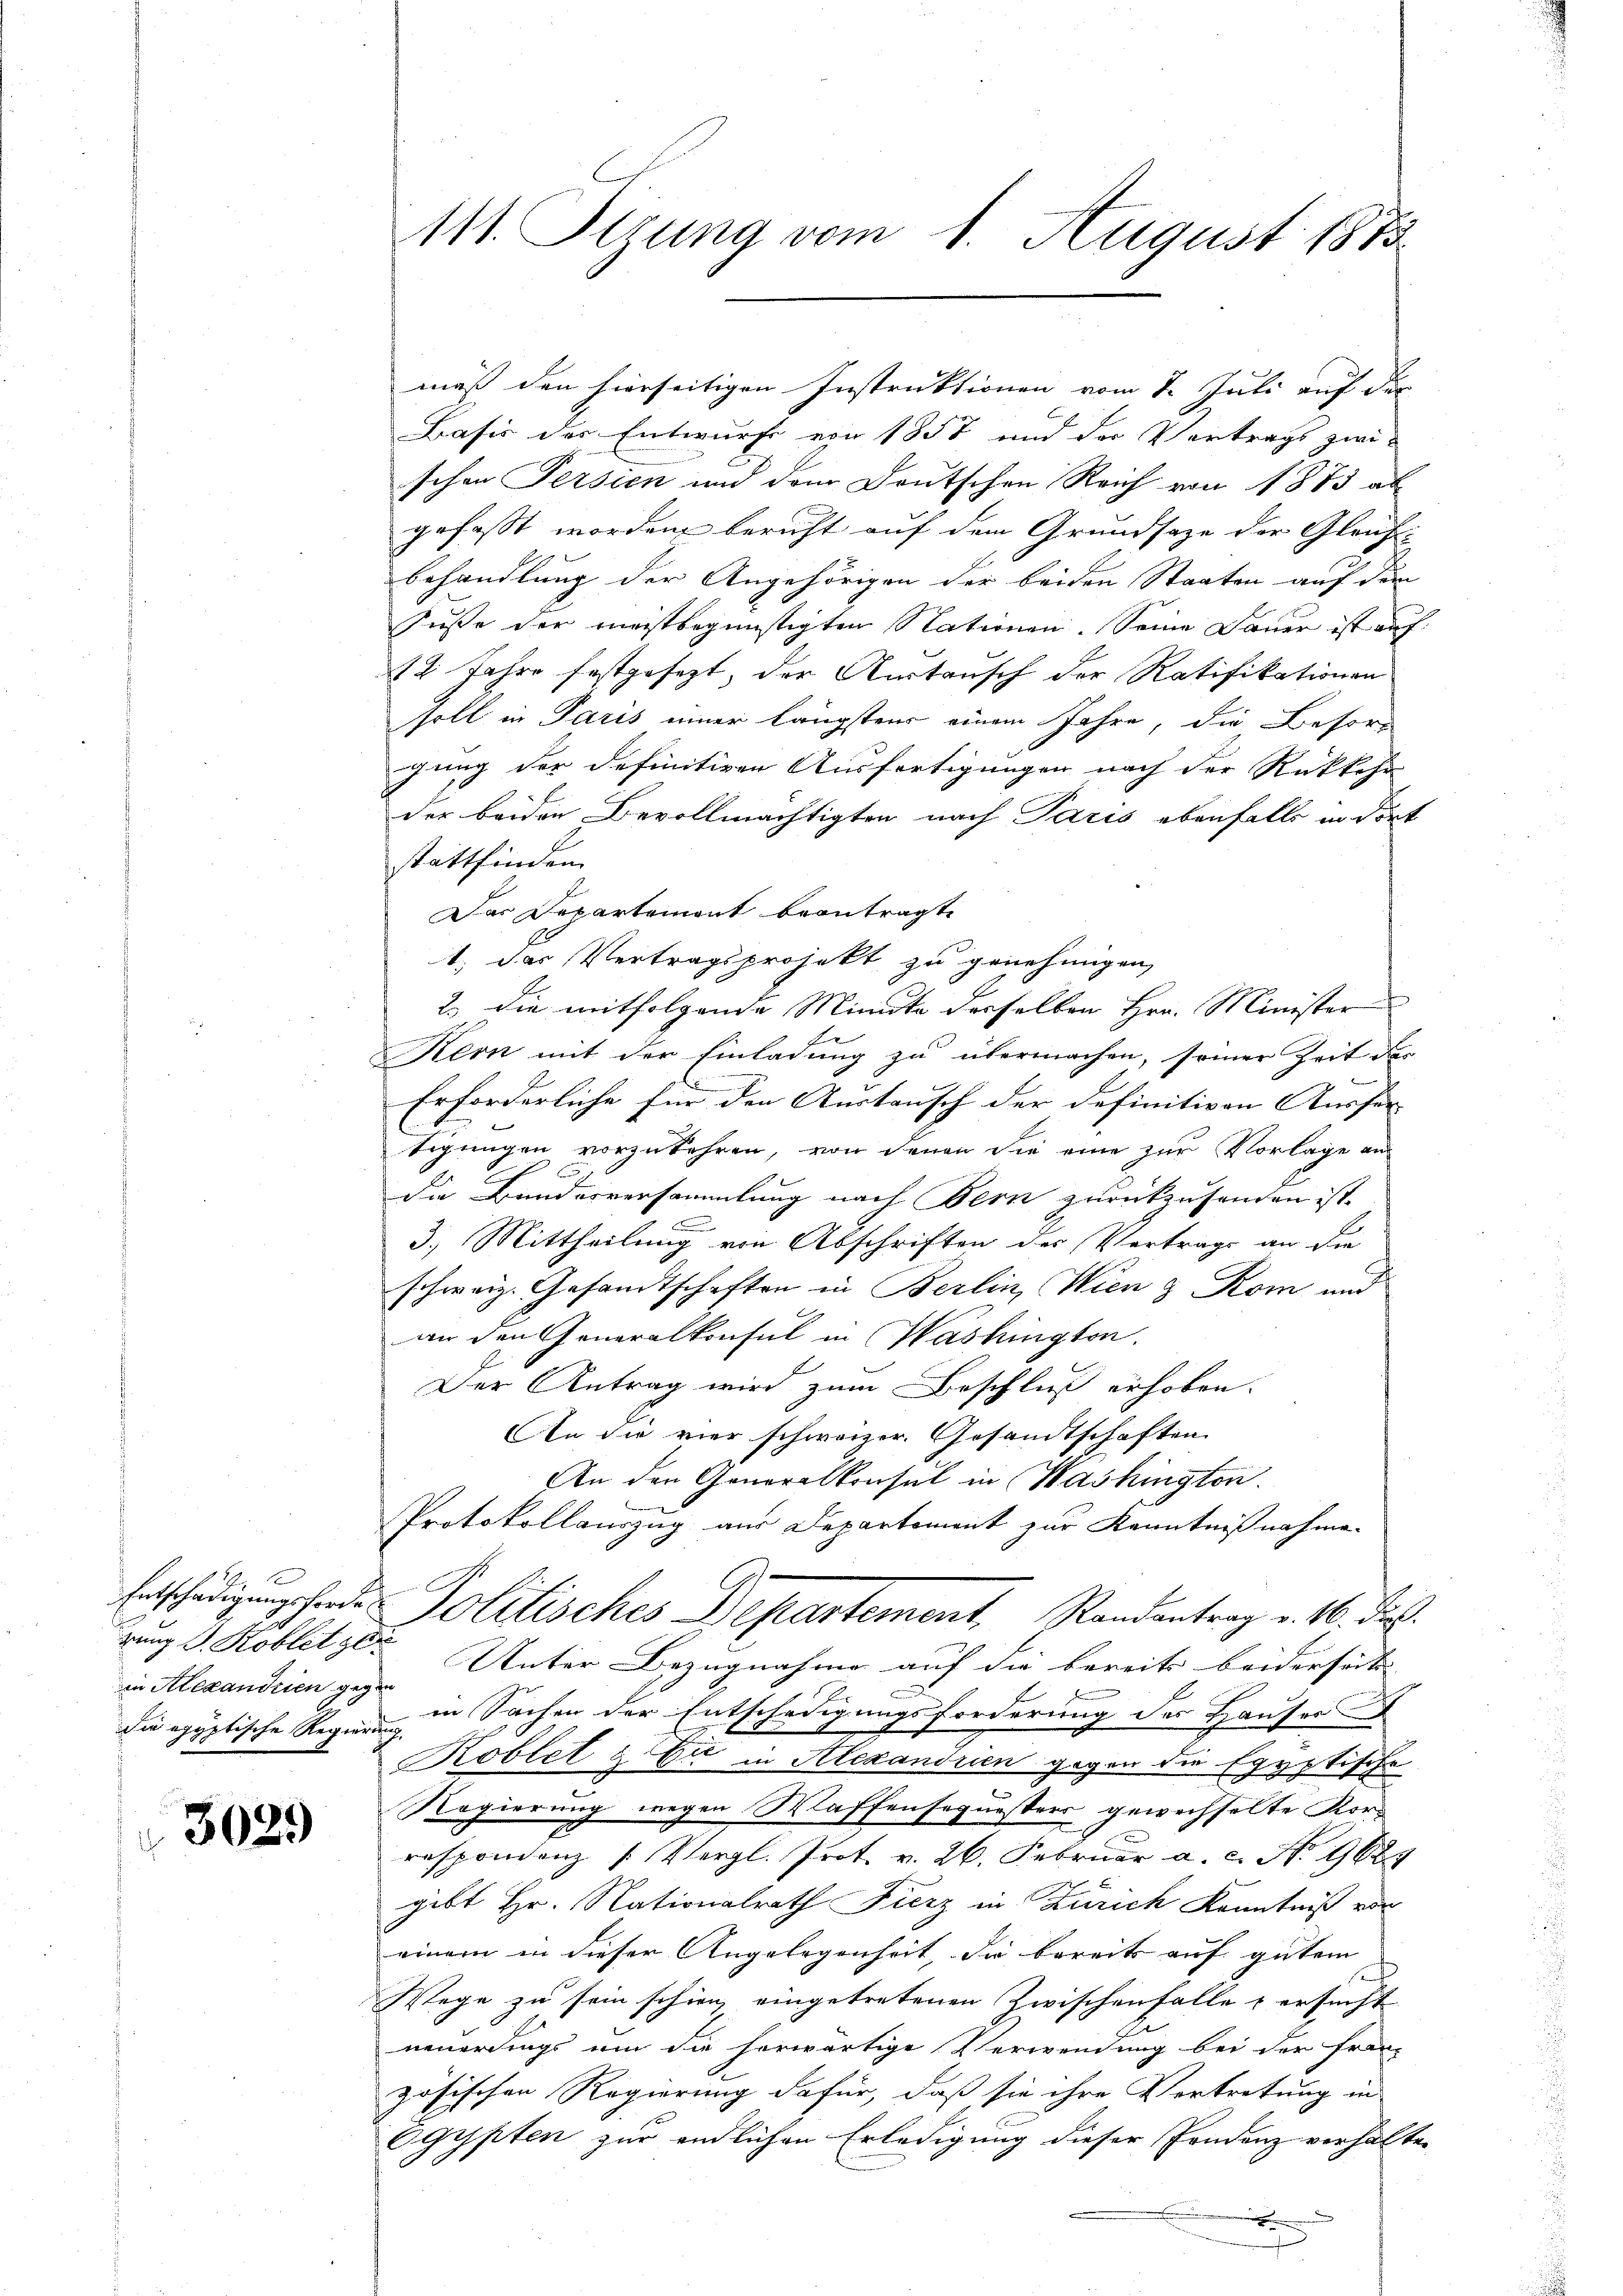
in Alexandrien gegen
die egyptische Regierung.

3029

Basis des Entwurfe von 1857 und der Vertrags zwi-
schen Persien und dem Deutschen Reich von 1873 ab-
gefasst worden beruht auf dem Grundsaze der Gleich-
behandlung der Angehörigen der beiden Staaten auf dem
Fuße der meistbegünstigten Nationen. Seine Dauer ist auf
12 Jahre festgesezt, der Austausch der Ratifikationen
soll in Paris einer längstens einem Jahre, die Besorg
gung der definitiven Ausfertigungen nach der Rückkehr
der beiden Bevollmächtigten nach Paris ebenfalls in dort
stattfinden.
Das Departement beantragte
1. Das Vertragsprojekt zu genehmigen,
2.) Die mitfolgende Minute derselben Hrn. Minister
Kern mit der Einladung zu übermachen, seiner Zeit der
Erforderliche für den Austausch der definitiven Ausfer- |
tigungen vorzukehren, von denen die eine zur Vorlage an
.
Die Bundesversammlung nach Bern zurückzusenden ist.
3.) Mittheilung von Abschriften der Vertrags an die
schweiz. Gesandtschaften in Berlin, Wien z Rom und
an den Generalkonsul in Washington
Der Antrag wird zum Beschluß erhoben.
An die vier schweizer. Gesandtschaften
An den Generalkonsul in Washington.
Protokollauszug aus Departement zur Kenntnißnahme.
Entschengungshande Politisches Departement, Randantrag v. 16. dies
gung d. Kobletzte Unter Bezugnahme auf die bereits beiderseits |
in Sachen der Entschädigungsforderung des Hauser
Koblet & Cie in Alexandrien gegen die Egyptische
Regierung wegen Waffensequesters gewechselte Korrespondenz (Vergl. Prot. v. 26. Februar a. c. No 9629
gibt Hr. Nationalrath Fierz in Zürich Kenntniß von
einem in dieser Angelegenheit, die bereits auf gutem
Wege zu sein schien, eingetretenen Zwischenfalle & ersucht
neuerdings um die herwärtige Verwendung bei der Französischen Regierung dafür, daß sie ihre Vertretung in
Egypten zur endlichen Erledigung dieser Pandenz verhalten
n
J

111. Perung vom 1. August 1873.

mäß den hierseitigen Instruktionen vom 7. Juli auf der